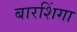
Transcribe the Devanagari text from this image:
बारशिंगा